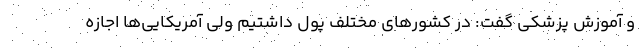
و آموزش پزشکی گفت: در کشورهای مختلف پول داشتیم ولی آمریکایی‌ها اجازه